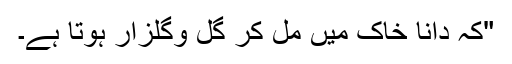
"کہ دانا خاک میں مل کر گل وگلزار ہوتا ہے۔